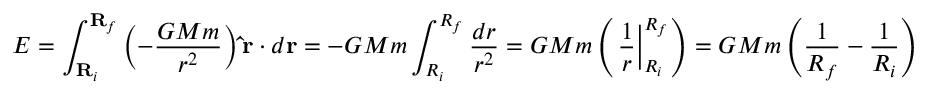
E = \int _ { \mathbf { R } _ { i } } ^ { \mathbf { R } _ { f } } \left( - \frac { G M m } { r ^ { 2 } } \right) \mathbf { \hat { r } } \cdot d \mathbf { r } = - G M m \int _ { R _ { i } } ^ { R _ { f } } \frac { d r } { r ^ { 2 } } = G M m \left( \left. \frac { 1 } { r } \right| _ { R _ { i } } ^ { R _ { f } } \right) = G M m \left( \frac { 1 } { R _ { f } } - \frac { 1 } { R _ { i } } \right)